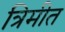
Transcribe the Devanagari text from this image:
त्रिमीत